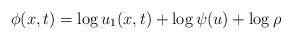
LaTeX: \begin{align*} \phi (x,t) = \log u_1 (x,t) + \log \psi (u) + \log \rho\end{align*}